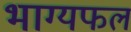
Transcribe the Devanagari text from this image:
भाग्यफल